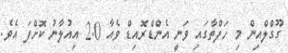
ގޫގްލްއިން މި ހަފްތާގައި ވަނީ އެންޑްރޮއިޑް ވެއާ 2.0 އިއުލާނު ކޮށްފަ އެވެ.